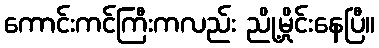
ကောင်းကင်ကြီးကလည်း ညို့မှိုင်းနေပြီ။